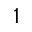
1